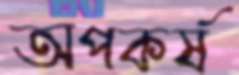
অপকর্ষ